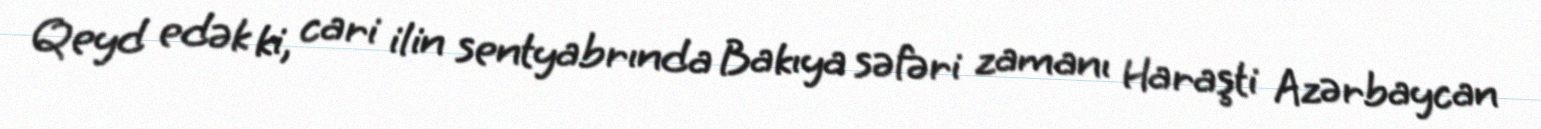
Qeyd edək ki, cari ilin sentyabrında Bakıya səfəri zamanı Haraşti Azərbaycan